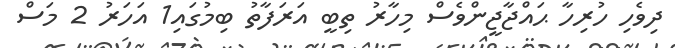
ދިވެހި ހުރިހާ ޙައްޖާޖީންވެސް މިހާރު ތިބީ އަރަފާތު ބިމުގައި1 އަހަރު 2 މަސް